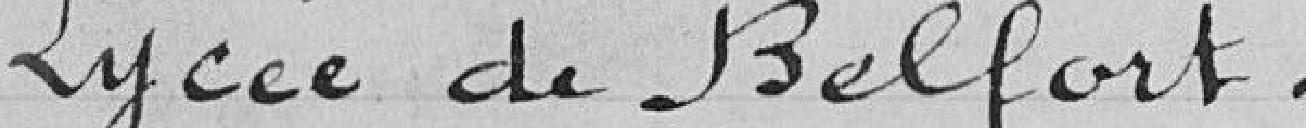
Lycée de Belfort